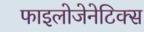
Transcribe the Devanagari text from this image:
फाइलोजेनेटिक्स